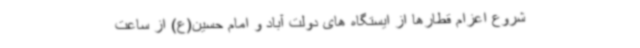
شروع اعزام قطارها از ایستگاه های دولت آباد و امام حسین(ع) از ساعت